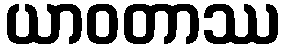
ယာဝတာဿ